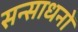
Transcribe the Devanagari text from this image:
सन्साधनों